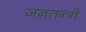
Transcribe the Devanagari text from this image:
जनतन्त्री